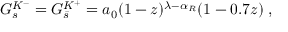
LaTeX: G _ { s } ^ { K ^ { - } } = G _ { \bar { s } } ^ { K ^ { + } } = a _ { 0 } ( 1 - z ) ^ { \lambda - \alpha _ { R } } ( 1 - 0 . 7 z ) \; ,